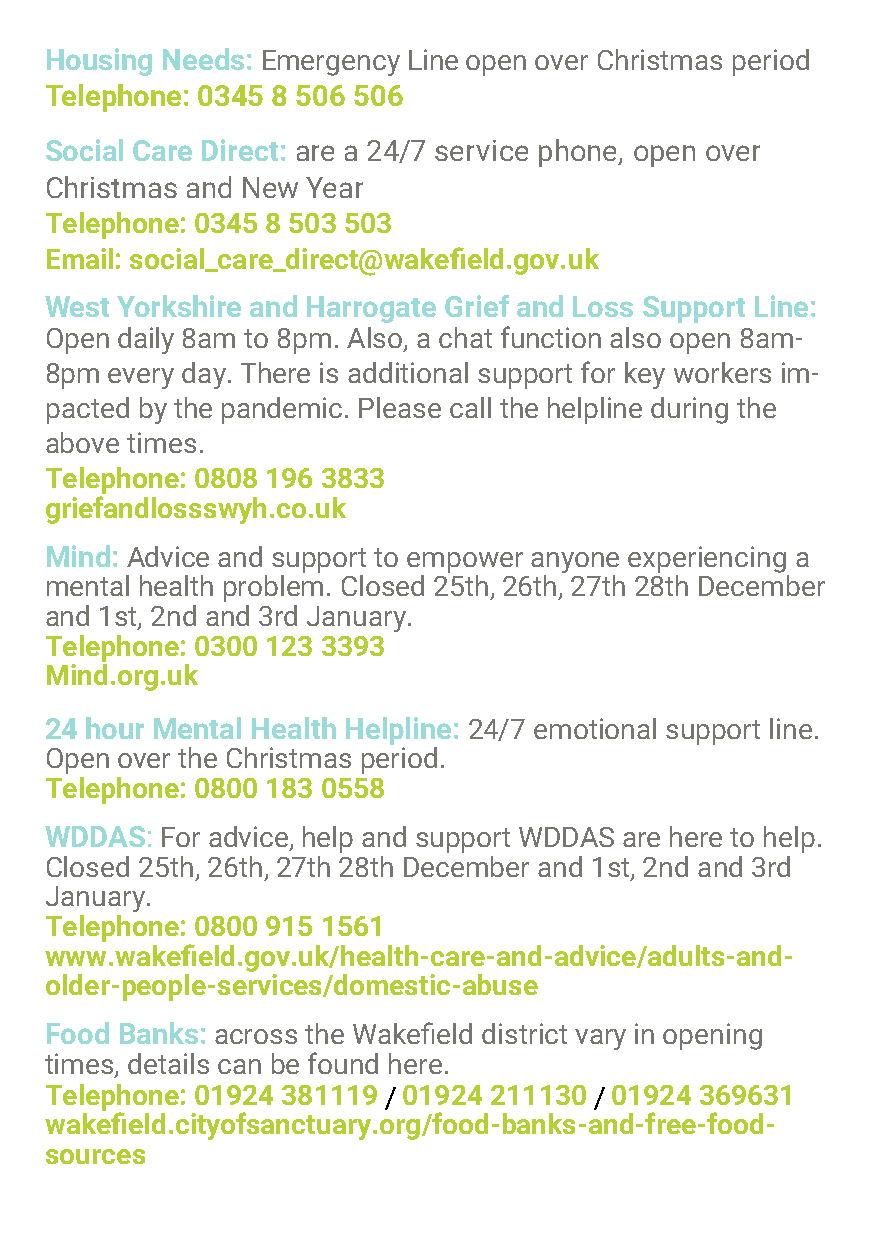
Housing Needs: Emergency Line open over Christmas period
 Telephone: 0345 8 506 506
 Social Care Direct: are a 24/7 service phone, open over
 Christmas and New Year
 Telephone: 0345 8 503 503
 Email: social_care_direct@wakefield.gov.uk
 West Yorkshire and Harrogate Grief and Loss Support Line:
 Open daily 8am to 8pm. Also, a chat function also open 8am-
 8pm every day. There is additional support for key workers im-
 pacted by the pandemic. Please call the helpline during the
 above times.
 Telephone: 0808 196 3833
 griefandlossswyh.co.uk
 Mind: Advice and support to empower anyone experiencing a
 mental health problem. Closed 25th, 26th, 27th 28th December
 and 1st, 2nd and 3rd January.
 Telephone: 0300 123 3393
 Mind.org.uk
 24 hour Mental Health Helpline: 24/7 emotional support line.
 Open over the Christmas period.
 Telephone: 0800 183 0558
 WDDAS:  For advice, help and support WDDAS are here to help.
 Closed 25th, 26th, 27th 28th December and 1st, 2nd and 3rd
 January.
 Telephone: 0800 915 1561
 www.wakefield.gov.uk/health-care-and-advice/adults-and-
 older-people-services/domestic-abuse
 Food Banks: across the Wakefield district vary in opening
 times, details can be found here.
 Telephone: 01924 381119 / 01924 211130 / 01924 369631
 wakefield.cityofsanctuary.org/food-banks-and-free-food-
 sources